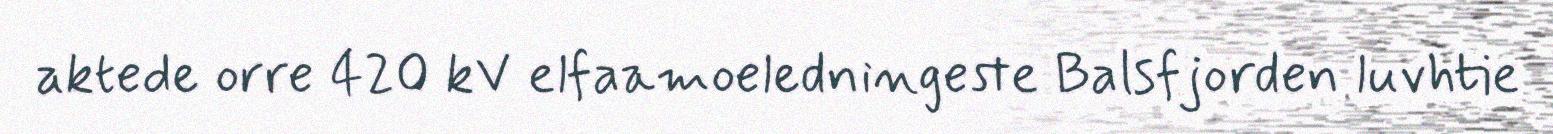
aktede orre 420 kV elfaamoeledningeste Balsfjorden luvhtie